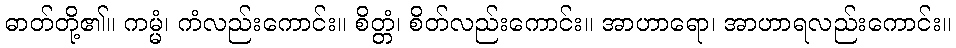
ဓာတ်တို့၏။ ကမ္မံ၊ ကံလည်းကောင်း။ စိတ္တံ၊ စိတ်လည်းကောင်း။ အာဟာရော၊ အာဟာရလည်းကောင်း။